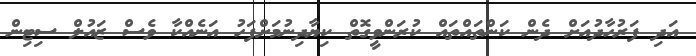
އަދި ފަރުހާދުއަށް ދެން ކަންތައްތައް ކުރަންވީގޮތް ކިޔާދިނުމަށްފަހު އަނެއްކާ ވެސް ޒައުލް ސިޓިން